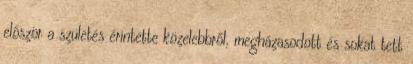
először a születés érintette közelebbről, megházasodott és sokat tett